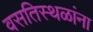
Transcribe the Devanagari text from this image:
वसतिस्थळांना